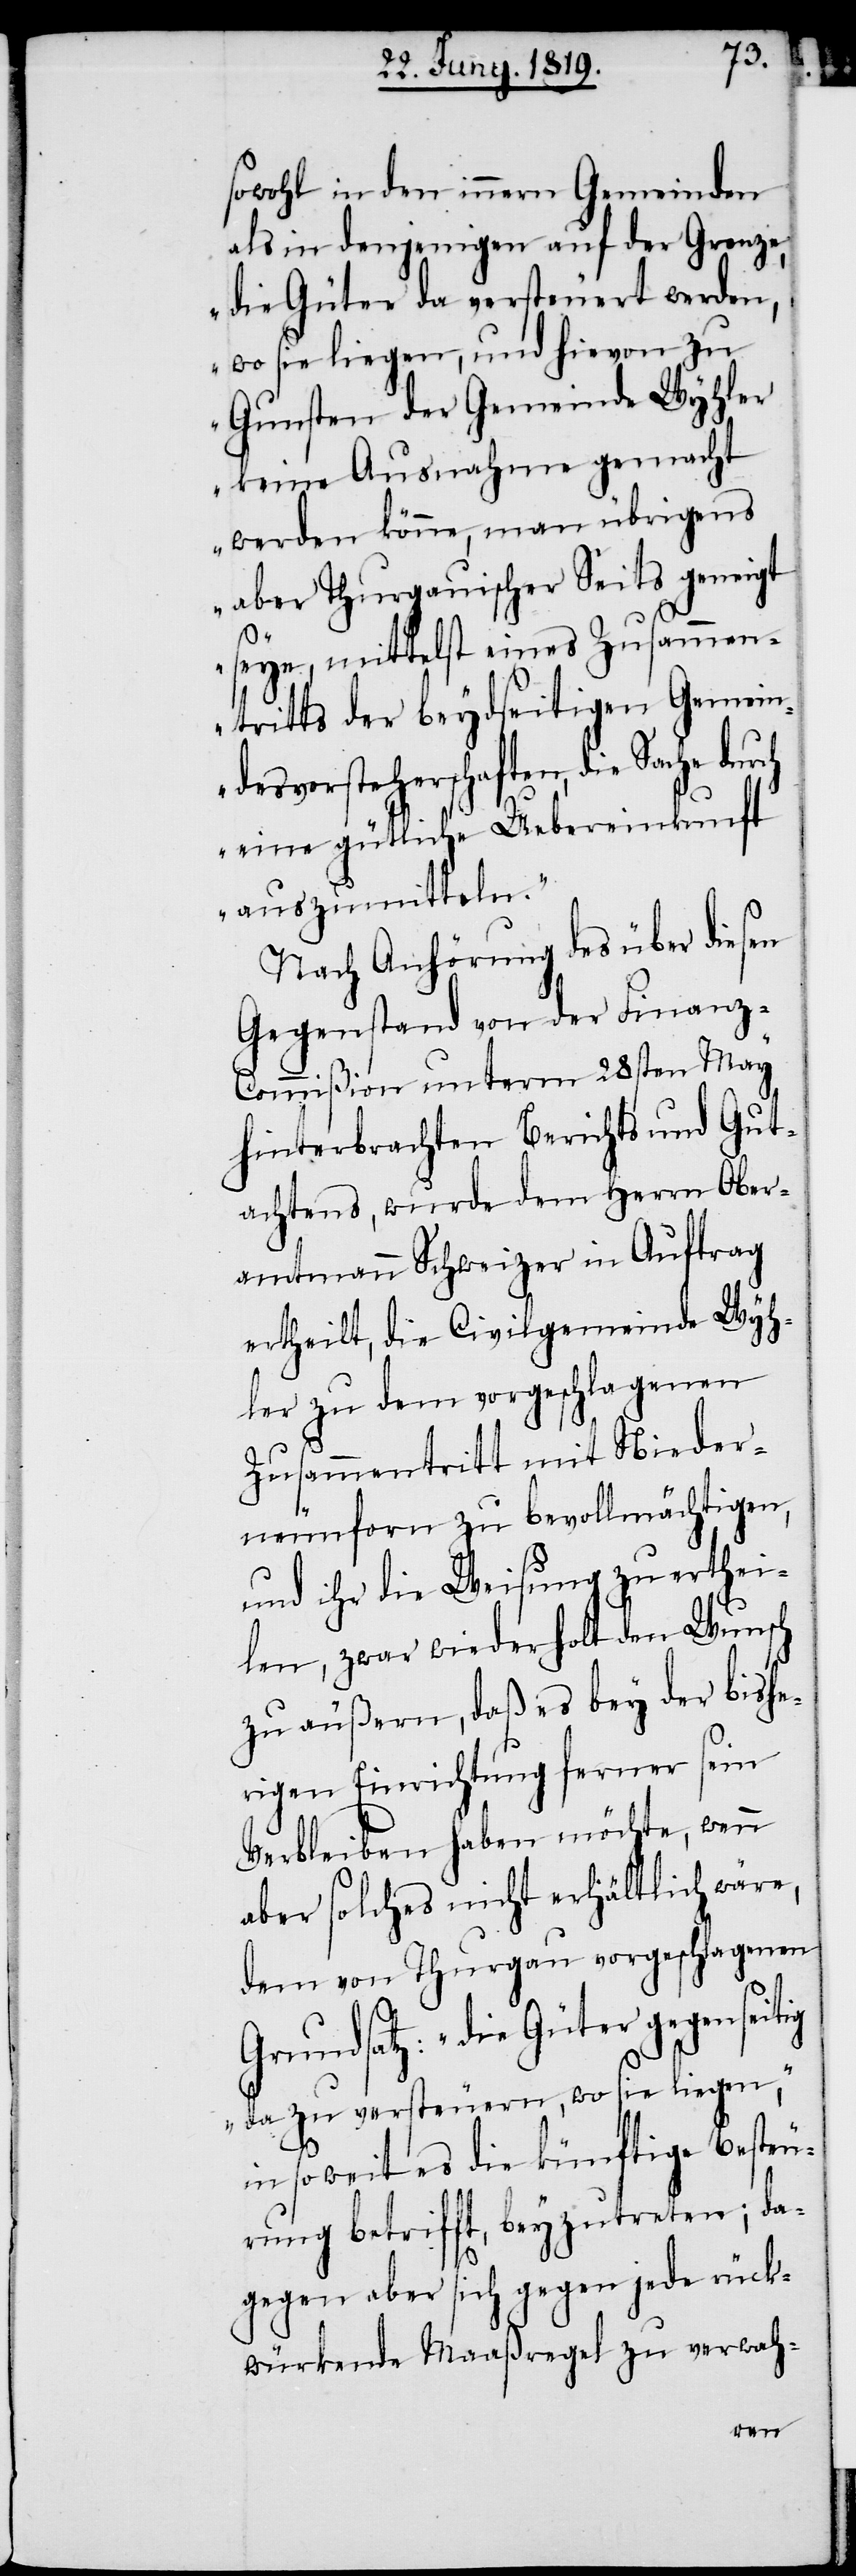
sowohl in den innern Gemeinden
als in denjenigen auf der Grenze,
„die Güter da versteuert werden,
wo sie liegen, und hievon zu
Gunsten der Gemeinde Wyhler
keine Ausnahme gemacht
werden könne, man übrigens
aber Thurgauischen Seits geneigt
seye, mittelst eines Zusammen¬
tritts der beydseitigen Gemein¬
desvorsteherschaften, die Sache
eine gütliche Uebereinkunft
auszumitteln.“
Nach Anhörung des über diesen
Gegenstand von der Finanz-C¬
ommißion unterm 28sten May
hinterbrachten Berichts und Gut¬
achtens, wurde dem Herrn Ober¬
amtmann Schweizer in Auftrag
ertheilt, die Civilgemeinde Wyh¬
ler zu dem vorgeschlagenen
Zusammentritt mit Nieder¬
neunforn zu bevollmächtigen,
und ihr die Weisung zu erthei¬
len, zwar wiederholt den Wunsch
zu äußern, daß es bey der bishe¬
rigen Einrichtung ferner sein
Verbleiben haben möchte, wenn
aber solches nicht erhältlich wäre,
dem von Thurgau vorgeschlagenen
Grundsatz: „die Güter gegenseitig
da zu versteuern, wo sie liegen“,
in so weit es die künftige Besteu¬
rung betrifft, beyzutreten; da¬
gegen aber sich gegen jede rück¬
würkende Maaßregel zu verwah-